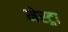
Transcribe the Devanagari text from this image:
मेस्ट्रा